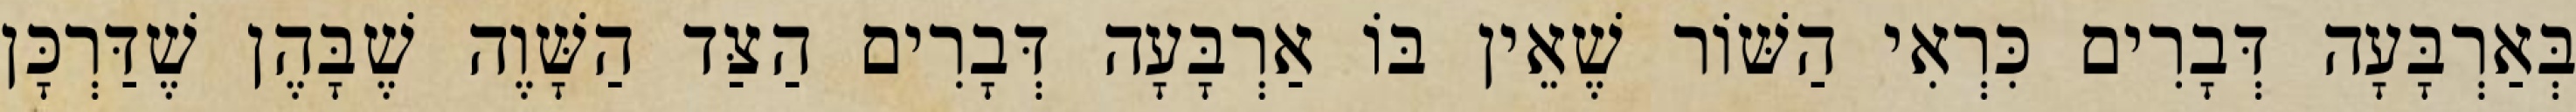
בְּאַרְבָּעָה דְּבָרִים כִּרְאִי הַשּׁוֹר שֶׁאֵין בּוֹ אַרְבָּעָה דְּבָרִים הַצַּד הַשָּׁוֶה שֶׁבָּהֶן שֶׁדַּרְכָּן